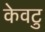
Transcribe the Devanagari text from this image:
केवटु